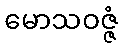
မောသဝဇ္ဇံ